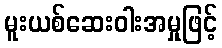
မူးယစ်ဆေးဝါးအမှုဖြင့်